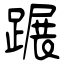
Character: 蹍